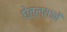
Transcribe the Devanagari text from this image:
घेतल्यानें